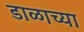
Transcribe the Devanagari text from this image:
डाळाच्या